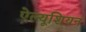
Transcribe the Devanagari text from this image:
ऐल्यूशियन